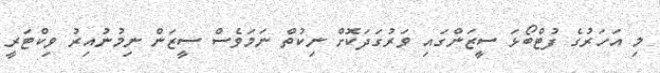
މި އަހަރުގެ ފުޓްބޯޅަ ސީޒަންގައި ވަރުގަދަކޮށް ނިކުތް ނަމަވެސް ސީޒަން ނިމުނުއިރު ވިކްޓަރީ